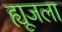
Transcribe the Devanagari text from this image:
ह्यूजला